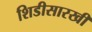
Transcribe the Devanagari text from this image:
शिडीसारखी